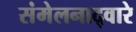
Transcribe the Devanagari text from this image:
संमेलनाद्वारे